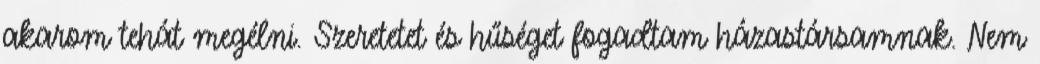
akarom tehát megélni. Szeretetet és hűséget fogadtam házastársamnak. Nem